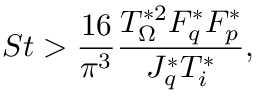
S t > \frac { 1 6 } { \pi ^ { 3 } } \frac { T _ { \Omega } ^ { * 2 } F _ { q } ^ { * } F _ { p } ^ { * } } { J _ { q } ^ { * } T _ { i } ^ { * } } ,